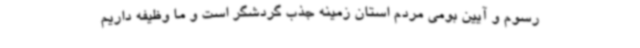
رسوم و آیین بومی مردم استان زمینه جذب گردشگر است و ما وظیفه داریم